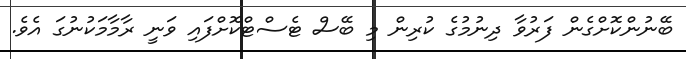
ބޭނުންކޮށްގެން ފަރުވާ ދިނުމުގެ ކުރިން މި ބޭސް ޓެސްޓްކޮށްފައި ވަނީ ރާމާމަކުނުގަ އެވެ.